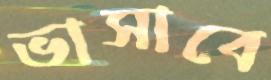
ভাসাবে